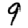
Digit: 9